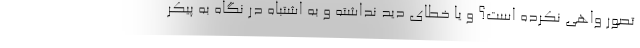
تصور واهی نکرده است؟ و یا خطای دید نداشته و به اشتباه در نگاه به پیکر